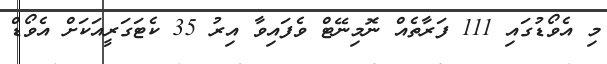
މި އެވޯޑުގައި 111 ފަރާތެއް ނޮމިނޭޓް ވެފައިވާ އިރު 35 ކެޓަގަރީއަކަށް އެވޯޑް